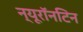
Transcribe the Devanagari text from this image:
न्यूरॉनटिन